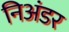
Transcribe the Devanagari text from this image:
निअंडर